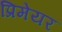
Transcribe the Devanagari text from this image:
प्रिमेयर